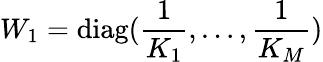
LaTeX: W_{1}=\mathrm{diag}(\frac{1}{K_{1}},\dots,\frac{1}{K_{M}})